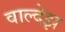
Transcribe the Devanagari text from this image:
वाल्देझ